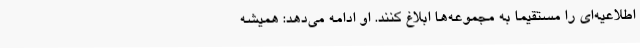
اطلاعیه‌ای را مستقیما به مجموعه‌ها ابلاغ کنند. او ادامه می‌دهد: همیشه